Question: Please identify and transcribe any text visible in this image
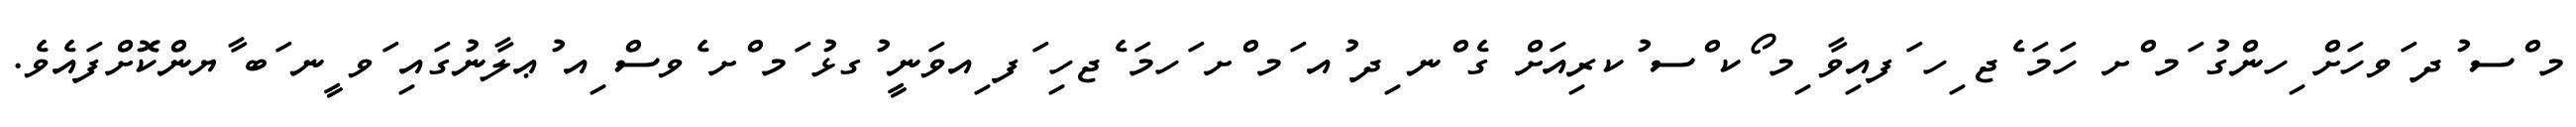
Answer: މ ްސ ުދ ަވހަށް ިހންގު ަމ ްށ ހަމަ ެޖ ިހ ަފއިވާ ިމ ޯކ ްސ ުކރިއަށް ގެ ްނ ިދ ުއ ަމ ްށ ަހމަ ެޖހި ަފ ިއވަނީ ުގޅު ަމ ްށ ެވސް ިއ ުޢލާނުގައި ަވ ީނ ަބ ާޔންކޮށްފައެވެ.